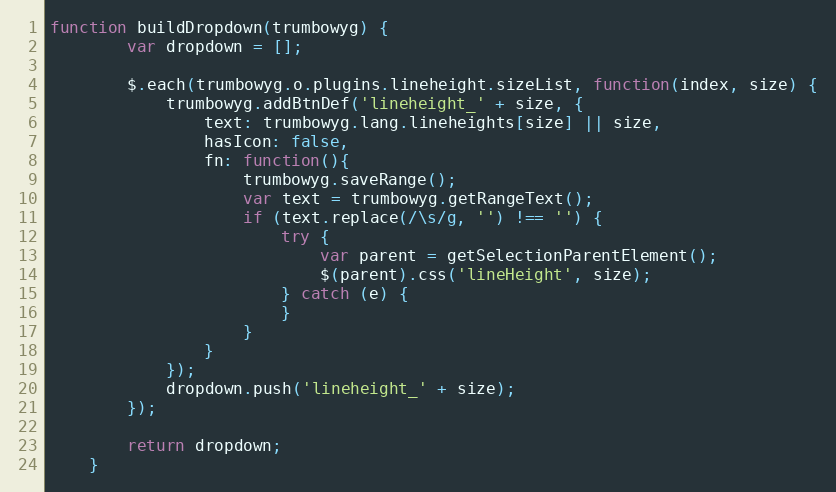
Language: JavaScript
function buildDropdown(trumbowyg) {
        var dropdown = [];

        $.each(trumbowyg.o.plugins.lineheight.sizeList, function(index, size) {
            trumbowyg.addBtnDef('lineheight_' + size, {
                text: trumbowyg.lang.lineheights[size] || size,
                hasIcon: false,
                fn: function(){
                    trumbowyg.saveRange();
                    var text = trumbowyg.getRangeText();
                    if (text.replace(/\s/g, '') !== '') {
                        try {
                            var parent = getSelectionParentElement();
                            $(parent).css('lineHeight', size);
                        } catch (e) {
                        }
                    }
                }
            });
            dropdown.push('lineheight_' + size);
        });

        return dropdown;
    }